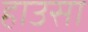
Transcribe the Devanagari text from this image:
हाउसा